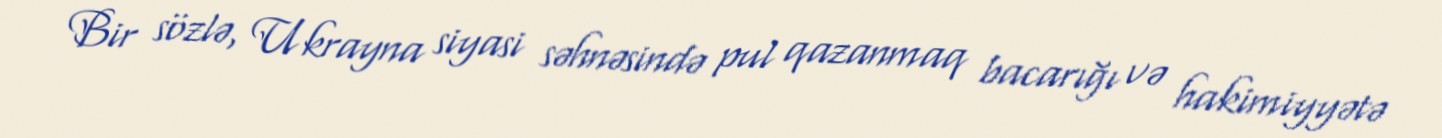
Bir sözlə, Ukrayna siyasi səhnəsində pul qazanmaq bacarığı və hakimiyyətə